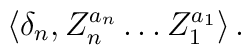
\langle \delta_n , Z_n^{a_n} \ldots Z_1^{a_1} \rangle \, .